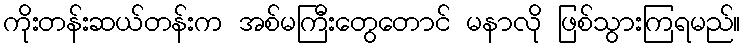
ကိုးတန်းဆယ်တန်းက အစ်မကြီးတွေတောင် မနာလို ဖြစ်သွားကြရမည်။